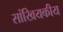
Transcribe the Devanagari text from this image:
सांखियकीय